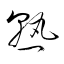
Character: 熟